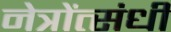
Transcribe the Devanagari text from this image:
नेत्रोंत्संधी